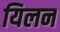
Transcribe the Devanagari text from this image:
यिलन